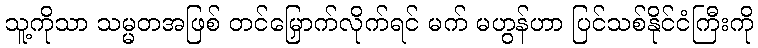
သူ့ကိုသာ သမ္မတအဖြစ် တင်မြှောက်လိုက်ရင် မက် မဟွန်ဟာ ပြင်သစ်နိုင်ငံကြီးကို